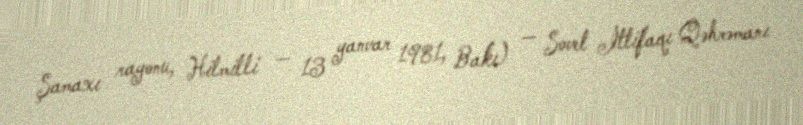
Şamaxı rayonu, Hilmilli — 13 yanvar 1981, Bakı) — Sovet İttifaqı Qəhrəmanı